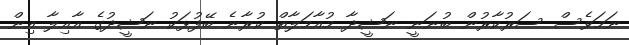
ނަމަވެސް ސަރުކާރުން ބުނަނީ ނަޝީދާ މުއާމަލާތް ކުރާނެ ބޭފުޅަކު ނަޝީދުގެ އާއިލާ އިން